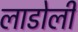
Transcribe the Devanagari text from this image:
लाडोली